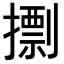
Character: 𢶏